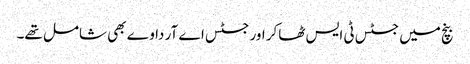
بنچ میں جسٹس ٹی ایس ٹھاکر اور جسٹس اے آر داوے بھی شامل تھے۔